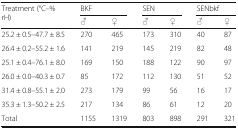
| <ROWSPAN=2> Treatment (°C–% rH) | <COLSPAN=2> BKF | <COLSPAN=2> SEN | <COLSPAN=2> SENbkf |
 | ♂ | ♀ | ♂ | ♀ | ♂ | ♀ |
 | --- | --- | --- | --- | --- | --- | --- |
 | 25.2 ± 0.5–47.7 ± 8.5 | 270 | 465 | 173 | 310 | 40 | 87 |
 | 26.4 ± 0.2–55.2 ± 1.6 | 141 | 219 | 145 | 219 | 82 | 48 |
 | 25.1 ± 0.4–76.1 ± 8.0 | 169 | 150 | 188 | 122 | 90 | 97 |
 | 26.0 ± 0.0–40.3 ± 0.7 | 85 | 172 | 112 | 130 | 51 | 52 |
 | 31.4 ± 0.8–55.1 ± 2.0 | 273 | 179 | 99 | 56 | 16 | 17 |
 | 35.3 ± 1.3–50.2 ± 2.5 | 217 | 134 | 86 | 61 | 12 | 20 |
 | Total | 1155 | 1319 | 803 | 898 | 291 | 321 |